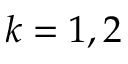
k = 1 , 2